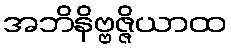
အဘိနိဗ္ဗဇ္ဇိယာထ